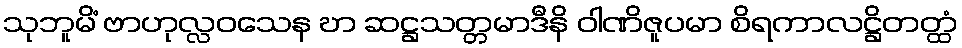
သုဘူမိံ ဗာဟုလ္လဝသေန ဎာ ဆဋ္ဌသတ္တမာဒီနိ ဝါဏိဇူပမာ စိရကာလဋ္ဌိတတ္ထံ